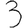
Digit: 3